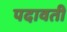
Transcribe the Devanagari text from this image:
पदावती